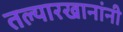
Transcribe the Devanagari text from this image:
तल्यारखानांनी